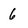
Character: 6